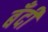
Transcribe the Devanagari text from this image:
बँदी